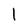
Character: l